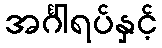
အင်္ဂါရပ်နှင့်